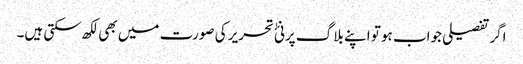
اگرتفصیلی جواب ہو تو اپنے بلاگ پر نئٰ تحریر کی صورت میں بھی لکھ سکتی ہیں۔